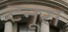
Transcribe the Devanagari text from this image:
टनूरा